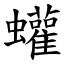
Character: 蠸